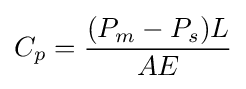
C_{p}={\frac {(P_{m}-P_{s})L}{AE}}